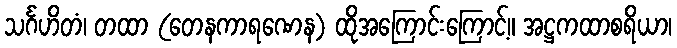
သင်္ဂဟိတံ၊ တထာ (တေနကာရဏေန) ထိုအကြောင်းကြောင့်။ အဋ္ဌကထာစရိယာ၊